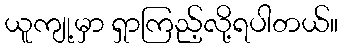
ယူကျု့မှာ ရှာကြည့်လို့ရပါတယ်။